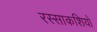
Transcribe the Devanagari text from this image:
रस्साकशियों